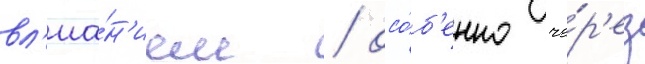
вл'иа́н'ием / осо́б'енно че́р'ез